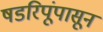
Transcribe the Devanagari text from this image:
षडरिपूंपासून